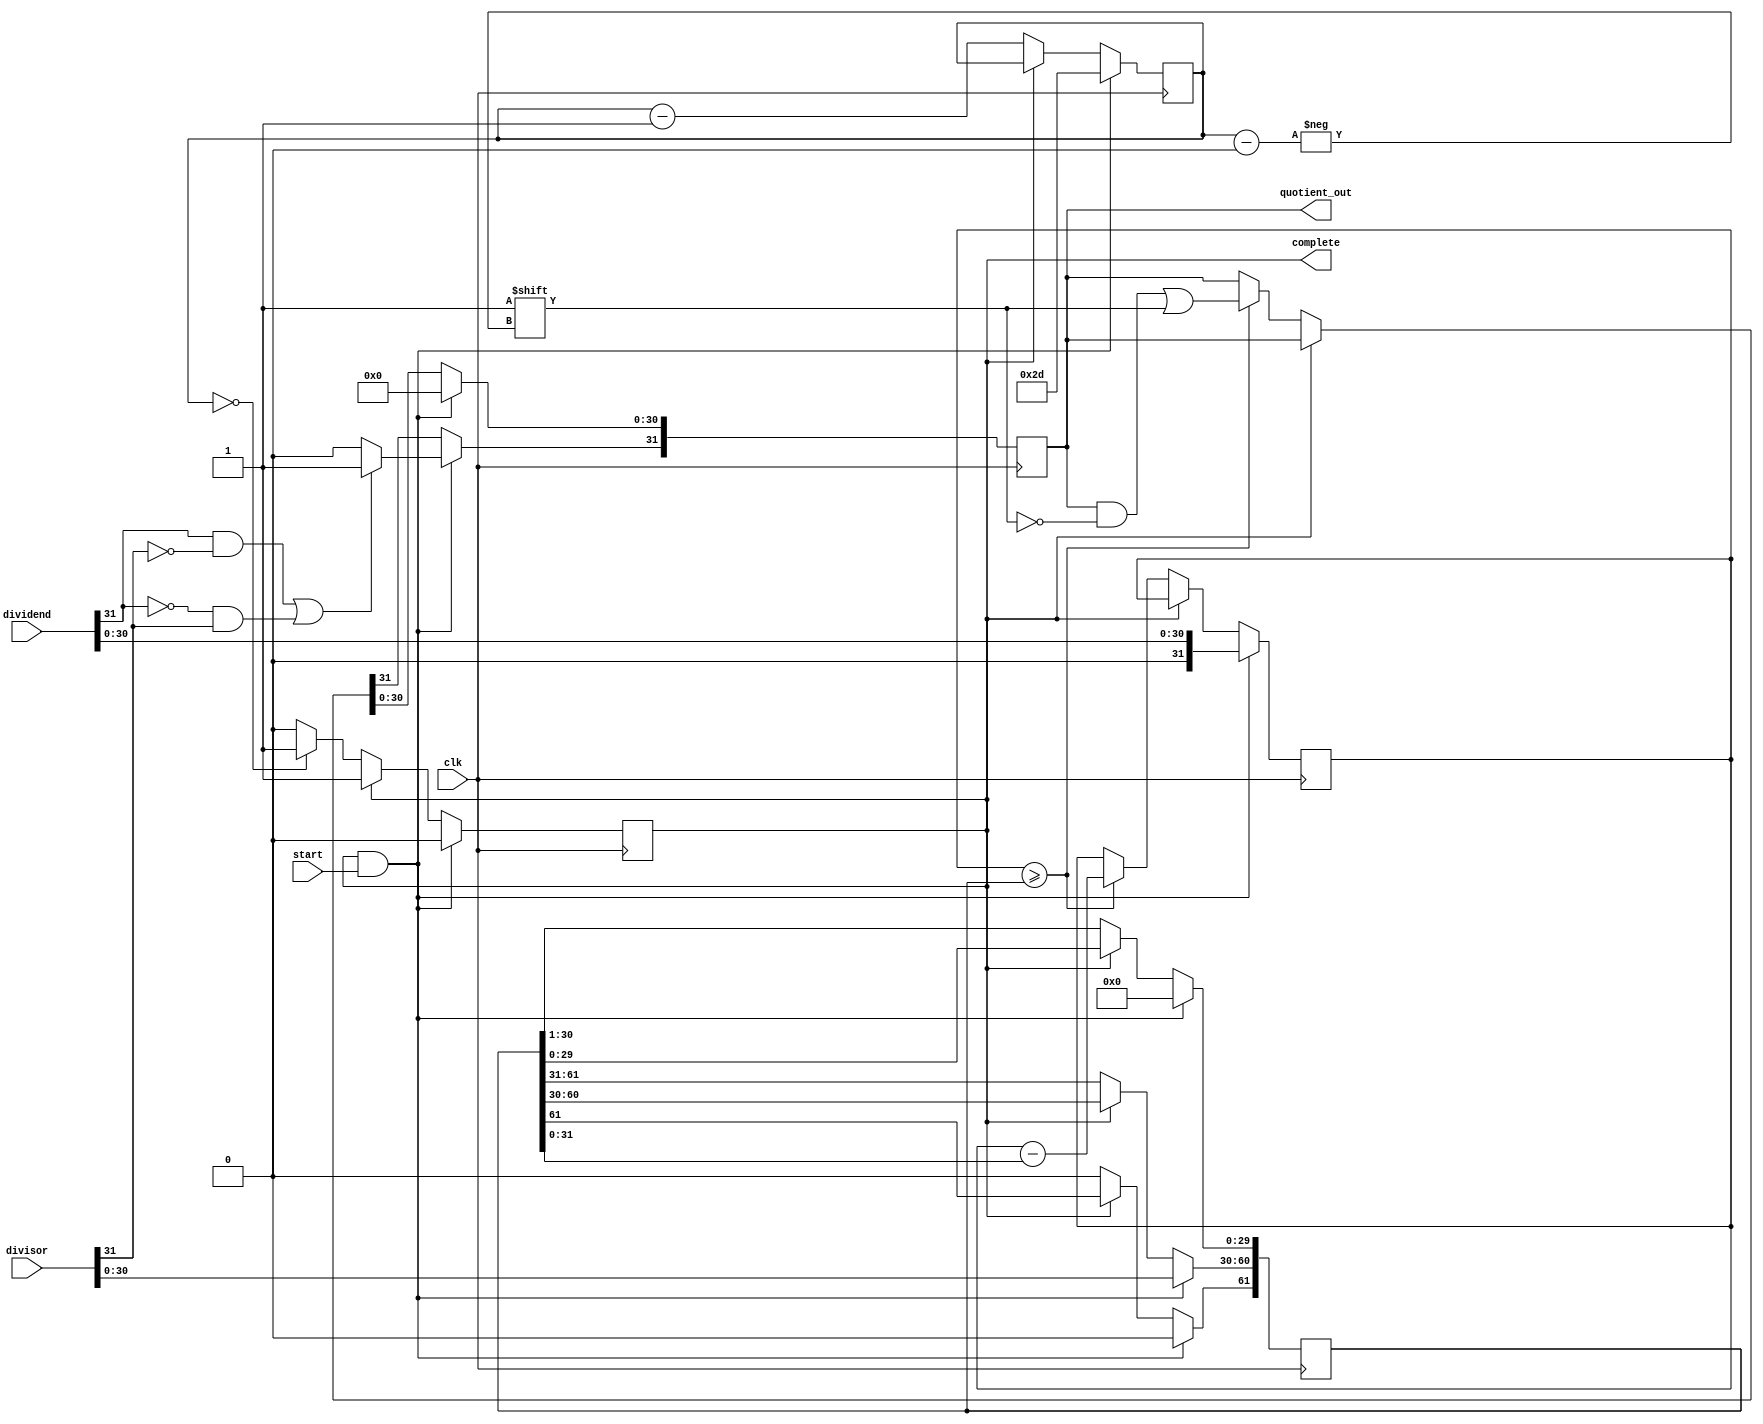
module qdiv(
	input [N-1:0] dividend,
	input [N-1:0] divisor,
	input start,
	input clk,
	output [N-1:0] quotient_out,
	output complete
	);
 
	//Parameterized values
	parameter Q = 15;
	parameter N = 32;
 
	reg [N-1:0] quotient;
	reg [N-1:0] dividend_copy;
	reg [2*(N-1)-1:0] divider_copy;
 
	reg [5:0] bit; 
	reg done;
 
	initial done = 1;
 
	assign quotient_out = quotient;
	assign complete = done;
 
	always @( posedge clk ) 
	begin
		if( done && start ) begin
 
			done <= 1'b0;
			bit <= N+Q-2;
			quotient <= 0;
			dividend_copy <= {1'b0,dividend[N-2:0]};
 
			divider_copy[2*(N-1)-1] <= 0;
			divider_copy[2*(N-1)-2:N-2] <= divisor[N-2:0];
			divider_copy[N-3:0] <= 0;
 
			//set sign bit
			if((dividend[N-1] == 1 && divisor[N-1] == 0) || (dividend[N-1] == 0 && divisor[N-1] == 1))
				quotient[N-1] <= 1;
			else
				quotient[N-1] <= 0;
		end 
		else if(!done) begin
			//compare divisor/dividend
			if(dividend_copy >= divider_copy) begin
				//subtract
				dividend_copy <= dividend_copy - divider_copy;
				//set quotient
				quotient[bit] <= 1'b1;
			end
 
			//reduce divisor
			divider_copy <= divider_copy >> 1;
  
			//stop condition
			if(bit == 0)
				done <= 1'b1;
				
			//reduce bit counter
			bit <= bit - 1;	
		end
	end
endmodule